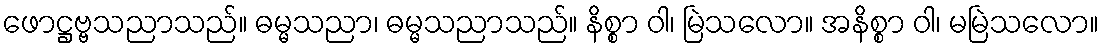
ဖောဋ္ဌဗ္ဗသညာသည်။ ဓမ္မသညာ၊ ဓမ္မသညာသည်။ နိစ္စာ ဝါ၊ မြဲသလော။ အနိစ္စာ ဝါ၊ မမြဲသလော။